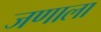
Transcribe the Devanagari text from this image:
जणाला